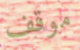
موقف